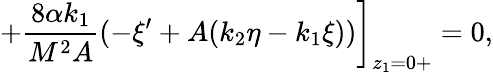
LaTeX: +\frac{8\alpha k_{1}}{M^{2}A}(-\xi^{\prime}+A(k_{2}\eta-k_{1}\xi))\bigg]_{z_{1}=0+}=0,